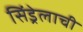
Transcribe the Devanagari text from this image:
सिंड्रेलाची